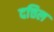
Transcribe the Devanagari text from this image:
दत्तिल